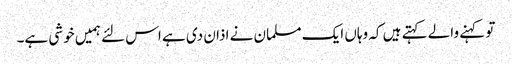
تو کہنے والے کہتے ہیں کہ وہاں ایک مسلمان نے اذان دی ہے اس لئے ہمیں خوشی ہے۔